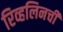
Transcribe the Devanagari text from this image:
रिव्हलिनची